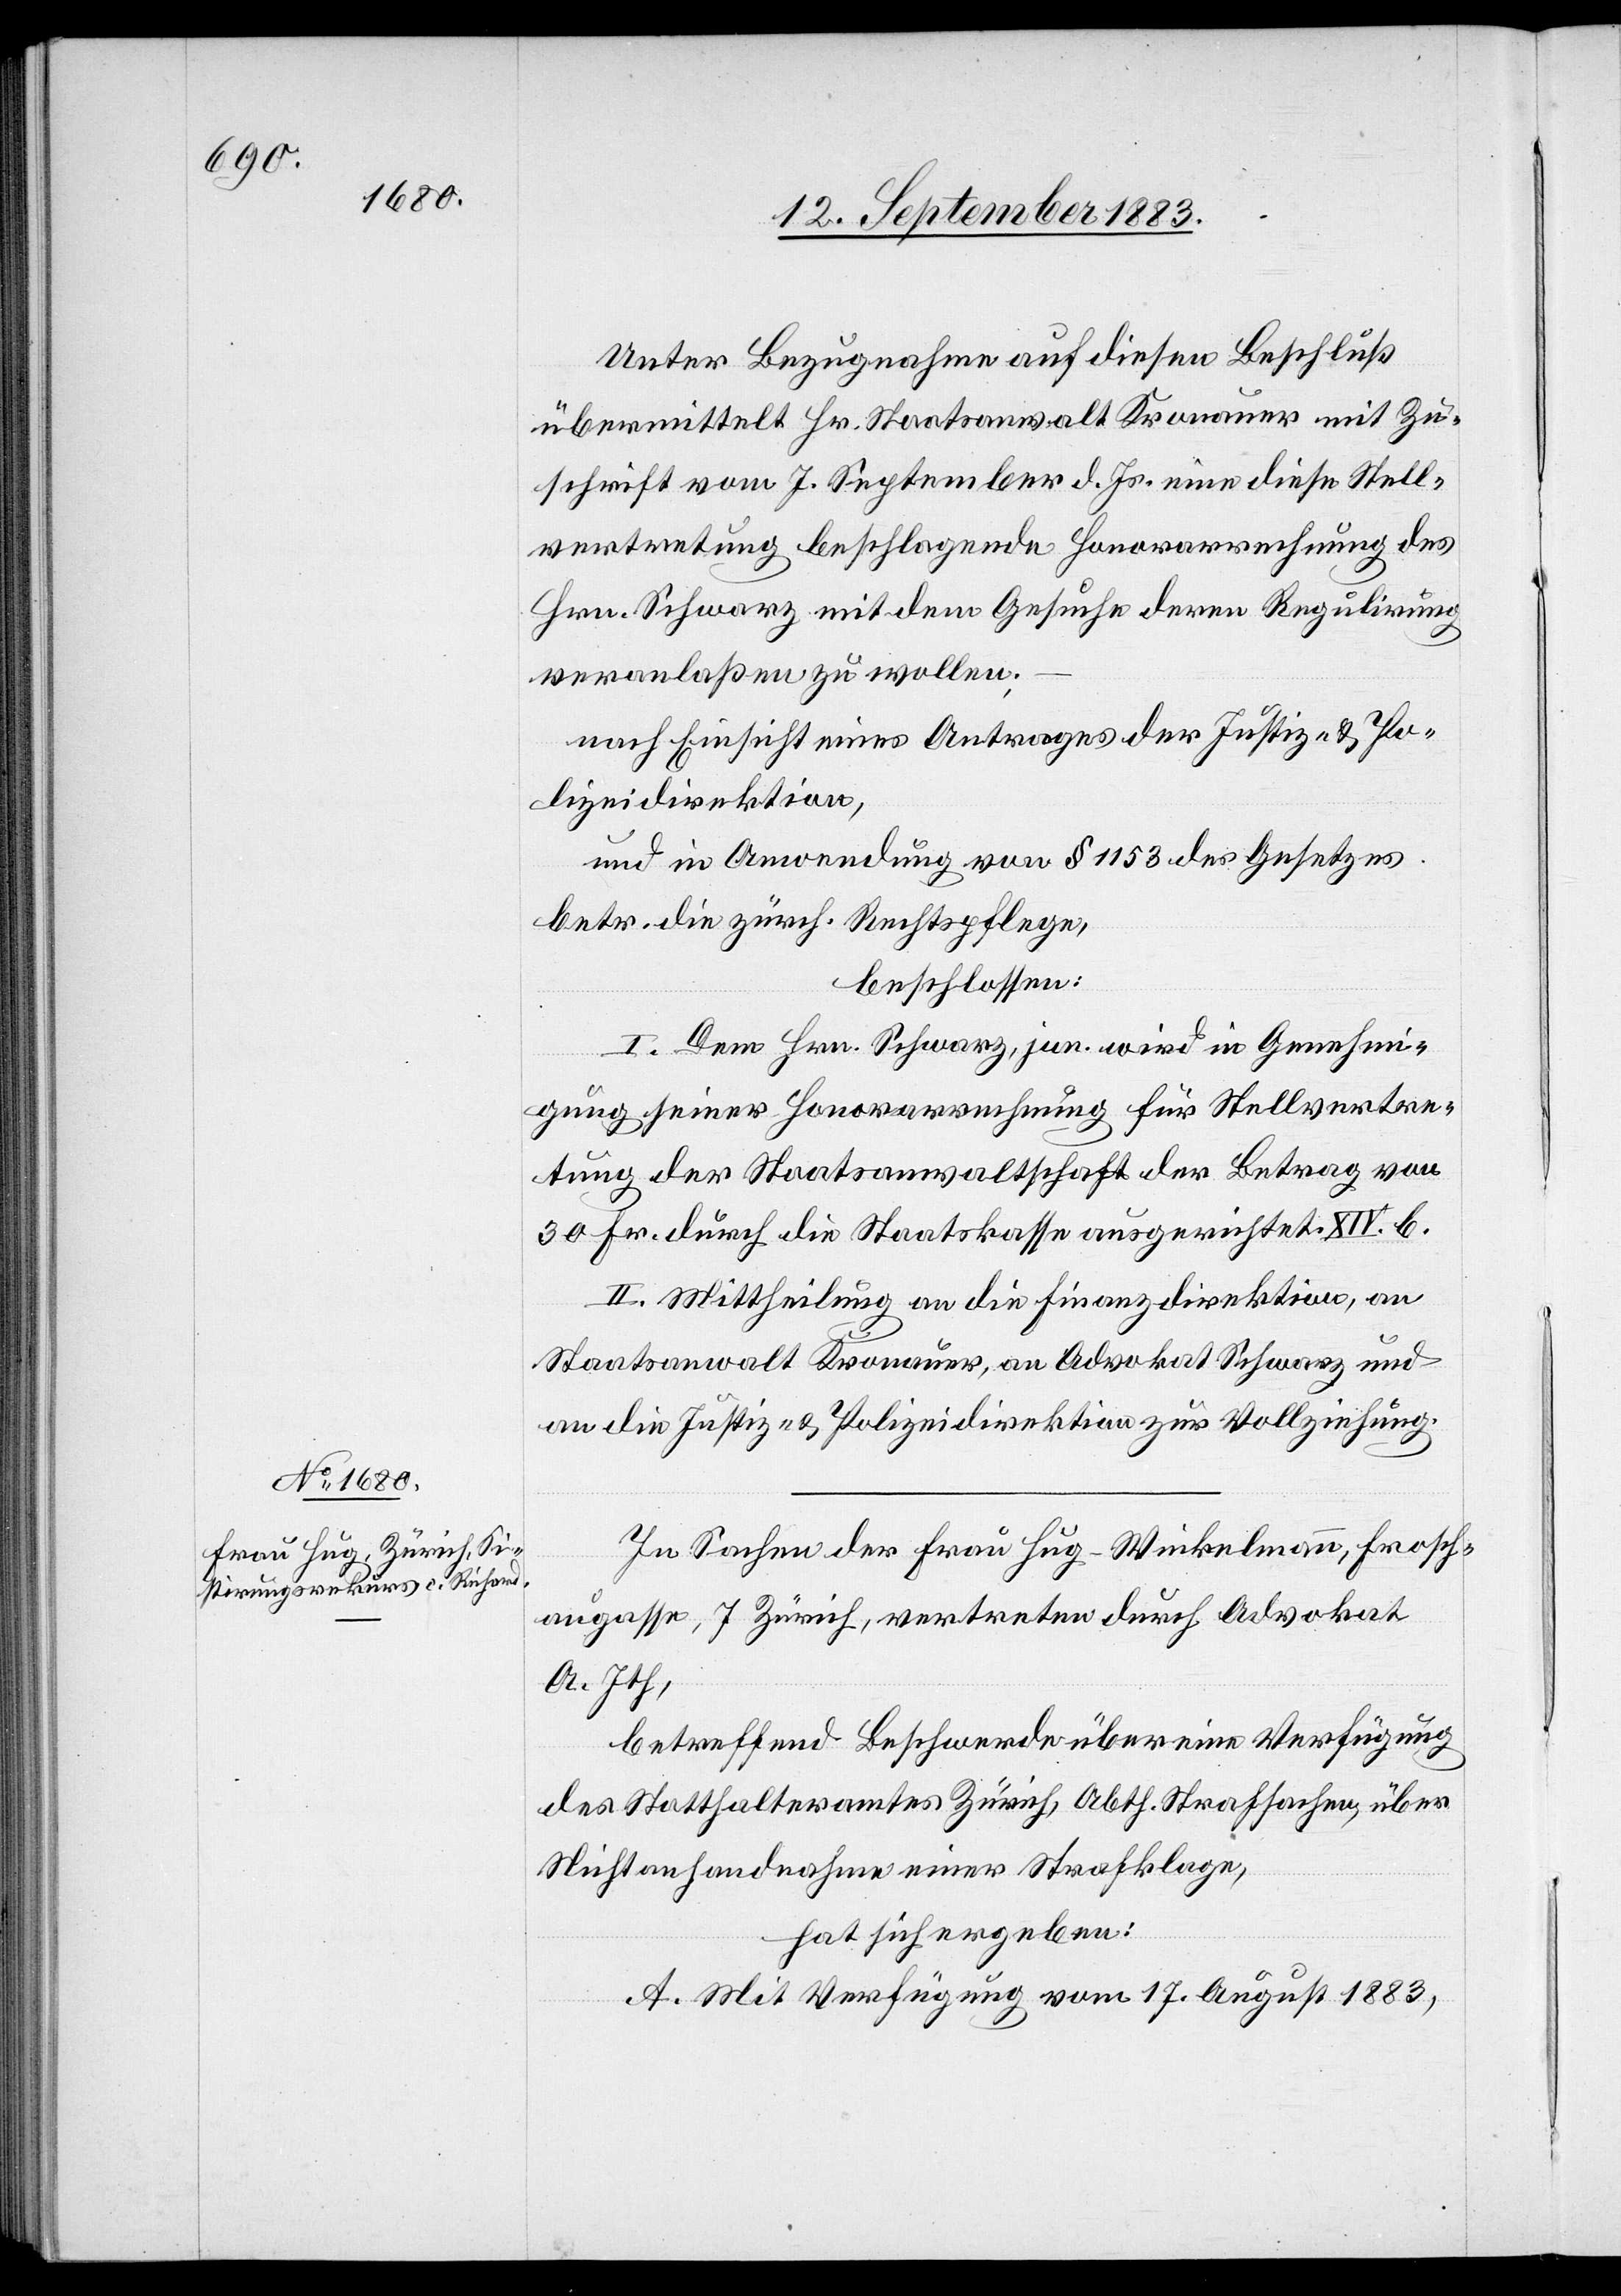
Unter Bezugnahme auf diesen Beschluß
übermittelt Hr. Staatsanwalt Kronauer mit Zu¬
schrift vom 7. September d. Js. eine diese Stell¬
vertretung beschlagende Honorarrechnung des
Hrn. Schwarz mit dem Gesuche deren Regulirung
veranlaßen zu wollen;
nach Einsicht eines Antrages der Justiz- & Po¬
lizeidirektion,
und in Anwendung von § 1153 des Gesetzes
betr. die zürch. Rechtspflege,
beschlossen:
I. Dem Hrn. Schwarz, jun. wird in Genehmi¬
gung seiner Honorarrechnung für Stellvertre¬
tung der Staatsanwaltschaft der Betrag von
30 Fr. durch die Staatskasse ausgerichtet. XIV. b.
II. Mittheilung an die Finanzdirektion an
Staatsanwalt Kronauer, an Advokat Schwarz und
an die Justiz- & Polizeidirektion zur Vollziehung.
In Sachen der Frau Hug-Winkelmann, Frosch¬
augasse, 7 [sic!] Zürich, vertreten durch Advokat
A. Ith,
betreffend Beschwerde über eine Verfügung
des Statthalteramtes Zürich, Abth. Strafsachen, über
Nichtanhandnahme einer Strafklage,
hat sich ergeben:
A. Mit Verfügung vom 17. August 1883,